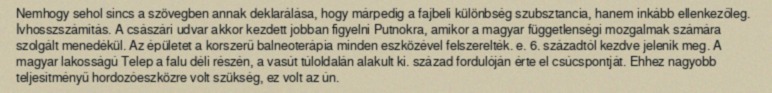
Nemhogy sehol sincs a szövegben annak deklarálása, hogy márpedig a fajbeli különbség szubsztancia, hanem inkább ellenkezőleg. Ívhosszszámítás. A császári udvar akkor kezdett jobban figyelni Putnokra, amikor a magyar függetlenségi mozgalmak számára szolgált menedékül. Az épületet a korszerű balneoterápia minden eszközével felszerelték. e. 6. századtól kezdve jelenik meg. A magyar lakosságú Telep a falu déli részén, a vasút túloldalán alakult ki. század fordulóján érte el csúcspontját. Ehhez nagyobb teljesítményű hordozóeszközre volt szükség, ez volt az ún.